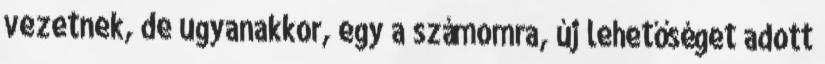
vezetnek, de ugyanakkor, egy a számomra, új lehetőséget adott